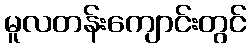
မူလတန်းကျောင်းတွင်